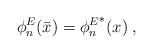
LaTeX: \begin{align*}\phi_n^E(\bar{x}) = {\phi_n^E}^*(x) {\; ,}\end{align*}